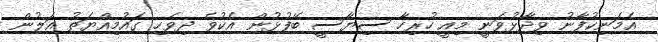
އެމަނިކުފާނު ވިދާޅުވަނީ މިއީ ހުރިހާ ސިޔާސީ ބޭފުޅުން އެކުވެ ދިވެހި ގައުމިއްޔަތު އަލުން